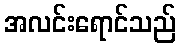
အလင်းရောင်သည်